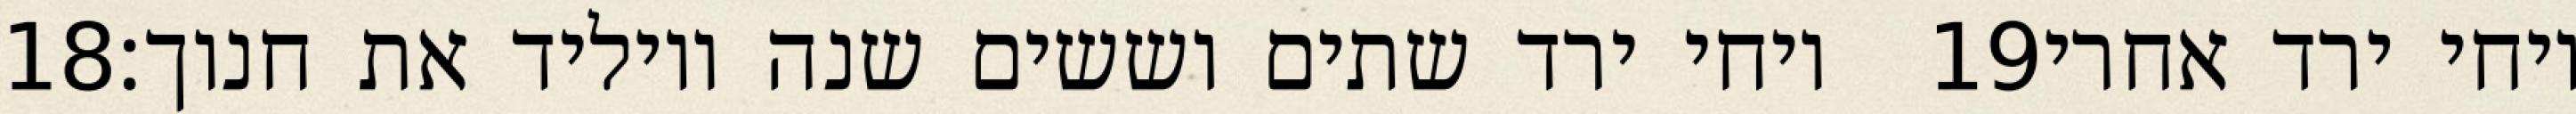
‎18‏ ויחי ירד שתים וששים שנה ויוליד את חנוך׃ ‎19‏ ויחי ירד אחרי